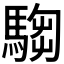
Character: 𩤍